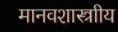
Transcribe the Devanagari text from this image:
मानवशास्त्राीय